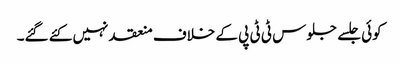
کوئی جلسے جلوس ٹی ٹی پی کے خلاف منعقد نہیں کئے گئے۔